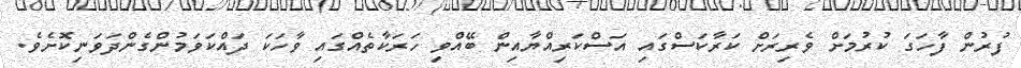
ފުރުން ފާހަގަ ކުރުމަށް ވެރިރަށް ކަރާކަސްގައި އަސްކަރިއްޔާއިން ބޭއްވި ހަރަކާތެއްގައި ވާހަކަ ދައްކަވަމުންގެންދަވަނިކޮށެވެ.